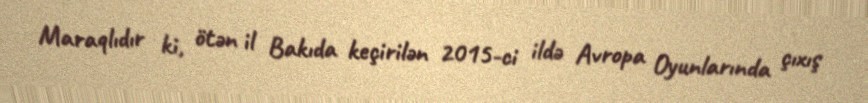
Maraqlıdır ki, ötən il Bakıda keçirilən 2015-ci ildə Avropa Oyunlarında çıxış